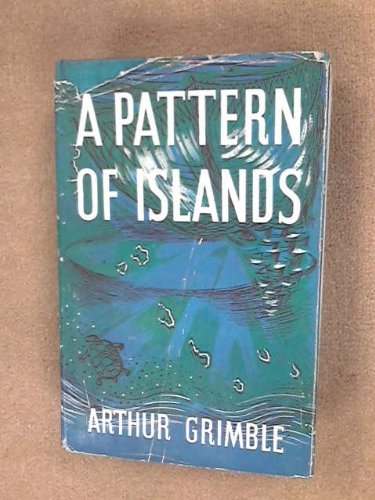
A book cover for A pattern of islands; Arthur Francis Grimble; Travel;